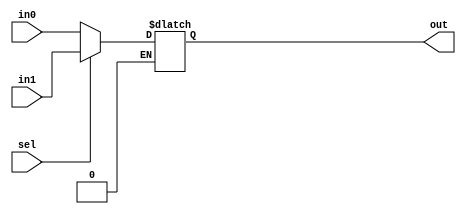


// file mux_21_1bit.v

module mux_21_1bit(
	input wire in0,
	input wire in1,
	input wire sel,
	output reg out);
	
always @* begin
	if (sel == 0) begin
		out <= in0;
	end else if (sel == 1) begin
		out <= in1;
	end
end

endmodule